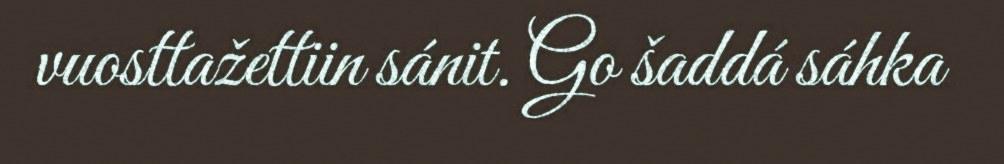
vuosttažettiin sánit. Go šaddá sáhka